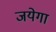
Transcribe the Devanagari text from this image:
जयेगा